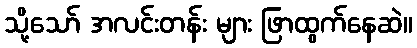
သို့သော် အလင်းတန်း များ ဖြာထွက်နေဆဲ။